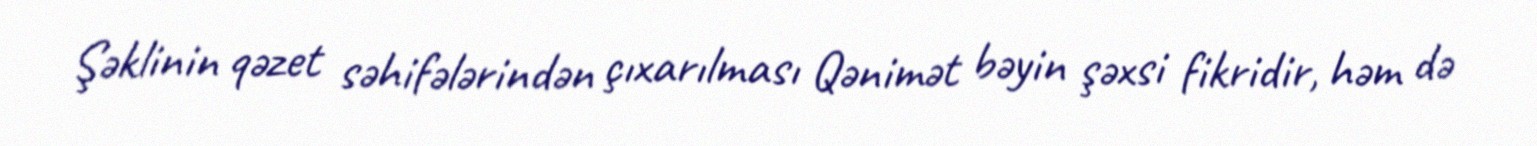
Şəklinin qəzet səhifələrindən çıxarılması Qənimət bəyin şəxsi fikridir, həm də